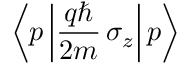
\left\langle p \left| { \frac { q \hbar } { 2 m } } \, \sigma _ { z } \right| p \right\rangle